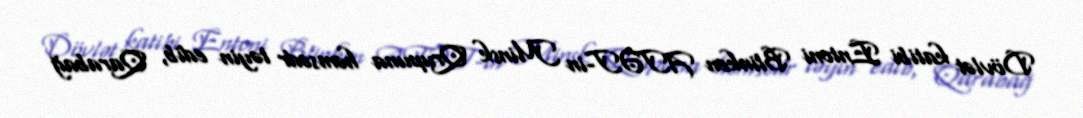
Dövlət katibi Entoni Blinken ATƏT-in Minsk Qrupuna həmsədr təyin edib, Qarabağ